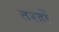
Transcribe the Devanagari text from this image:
तरहों